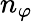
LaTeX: n_{\varphi}